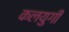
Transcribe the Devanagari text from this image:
कलयुगीं